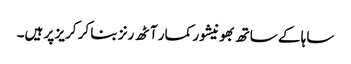
ساہا کے ساتھ بھونیشور کمار آٹھ رنز بنا کر کریز پر ہیں۔